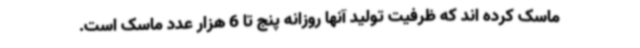
ماسک کرده اند که ظرفیت تولید آنها روزانه پنج تا 6 هزار عدد ماسک است.